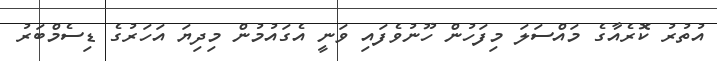
އުތުރު ކޮރެއާގެ މައްސަލަ މިފަހުން ހޫނުވެފައި ވަނީ އެގައުމުން މިދިޔަ އަހަރުގެ ޑިސެމްބަރު